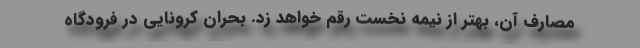
مصارف آن، بهتر از نیمه نخست رقم خواهد زد. بحران کرونایی در فرودگاه